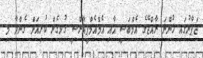
ޖަޕާނުގައި ހުންނަ ރާއްޖޭގެ އެމްބަސީ އާއި އެމްއެމްޕީއާރްސީ ގުޅިގެން ކުރިއަށް ގެންދާ މި